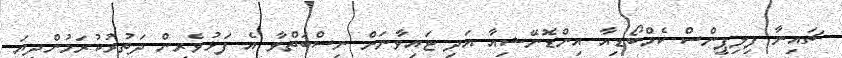
ޗައިނާ ފިލިޕީންސް ކެމްބޯޑިއާ އިންޑޮނޭޝިއާ އަދި ޓައިވާނަށް ނިސްބަތްވާ އެ ފަޅުވެރިން ދަތުރުކުރަމުންދިޔަ